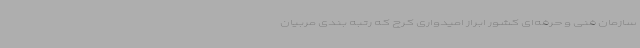
سازمان فنی و حرفه‌ای کشور ابراز امیدواری کرج که رتبه بندی مربیان